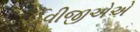
ઈવીજીએએ